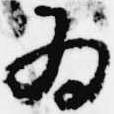
為